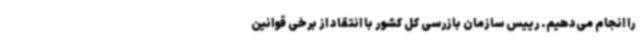
را انجام می‌دهیم. رییس سازمان بازرسی کل کشور با انتقاد از برخی قوانین